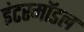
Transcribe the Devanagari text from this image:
इंटरमॉडल